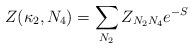
LaTeX: \begin{align*}Z(\kappa_2, N_4) = \sum_{N_2} Z_{N_2 N_4} e^{-S}\end{align*}